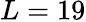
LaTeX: L=19